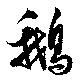
鵞